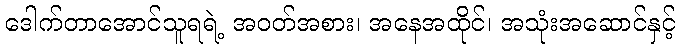
ဒေါက်တာအောင်သူရရဲ့ အဝတ်အစား၊ အနေအထိုင်၊ အသုံးအဆောင်နှင့်